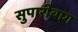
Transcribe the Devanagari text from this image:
सुपारीबाग